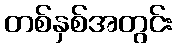
တစ်နှစ်အတွင်း